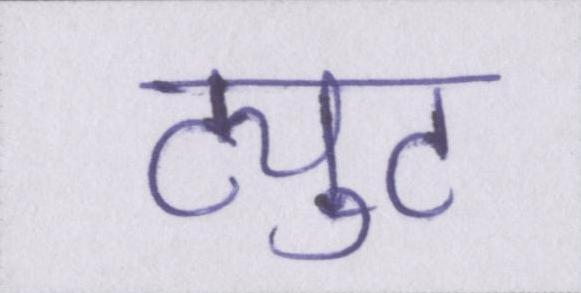
ट्युट